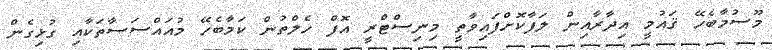
މޫސުމާބެހޭ ޤައުމީ އިދާރާއިން ލަފާކޮށްފައިވާތީ މިނިސްޓްރީ އޮފް ހެލްތުން ކަމާބެހޭ މުއައްސަސާތަކާއި ގުޅިގެން